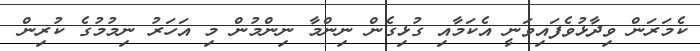
ކެމަރަން ވިދާޅުވެފައިވަނީ އެކަމާއި ގުޅިގެން ނިންމާ ނިންމުން މި އަހަރު ނިމުމުގެ ކުރިން